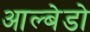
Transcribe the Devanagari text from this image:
आल्बेडो